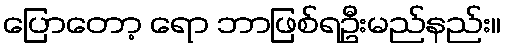
ပြောတော့ ရော ဘာဖြစ်ရဦးမည်နည်း။